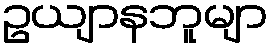
ဥယျာနဘူမျာ